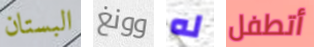
البستان وونغ له أتطفل